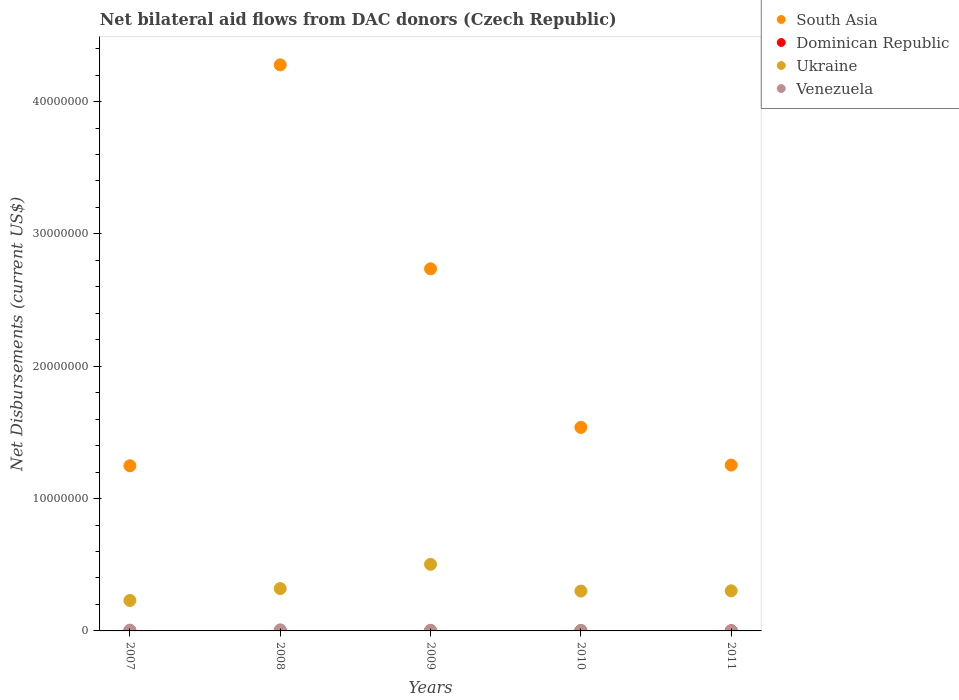
| Years | South Asia | Dominican Republic | Ukraine | Venezuela |
 | --- | --- | --- | --- | --- |
 | 2007 | 1.25e+07 | 1e+04 | 2.3e+06 | 6e+04 |
 | 2008 | 4.28e+07 | 1e+04 | 3.2e+06 | 8e+04 |
 | 2009 | 2.74e+07 | 1e+04 | 5.03e+06 | 5e+04 |
 | 2010 | 1.54e+07 | 1e+04 | 3.01e+06 | 4e+04 |
 | 2011 | 1.25e+07 | 1e+04 | 3.03e+06 | 1e+04 |